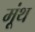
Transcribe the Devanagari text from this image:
मूंथ